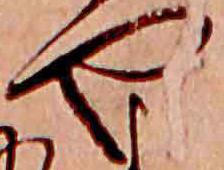
や